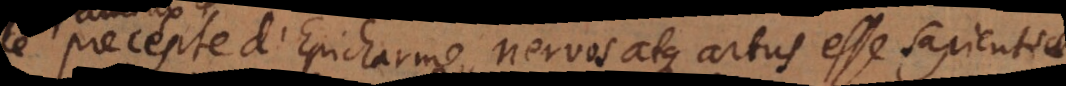
precepte d’Epicharme, nervos atque artus esse sapientiae